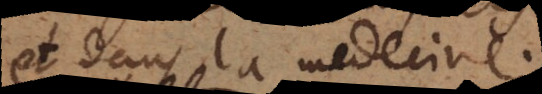
et dans la medecine;